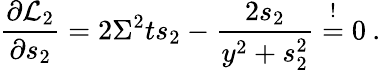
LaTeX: \frac{\partial{\cal L}_{2}}{\partial s_{2}}=2\Sigma^{2}ts_{2}-\frac{2s_{2}}{y^{2}+s_{2}^{2}}\stackrel{!}{=}0\: .